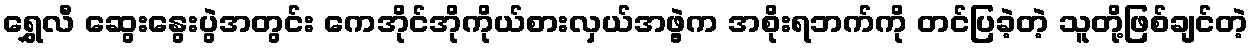
ရွှေလီ ဆွေးနွေးပွဲအတွင်း ကေအိုင်အိုကိုယ်စားလှယ်အဖွဲ့က အစိုးရဘက်ကို တင်ပြခဲ့တဲ့ သူတို့ဖြစ်ချင်တဲ့